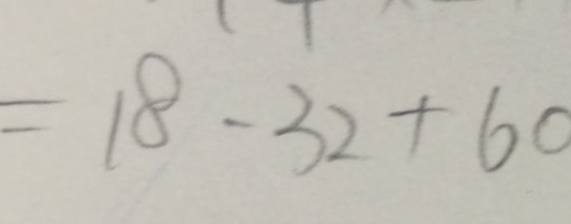
= 1 8 - 3 2 + 6 0